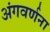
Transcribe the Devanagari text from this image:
अंगवर्णना